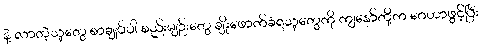
နဲ့ လာတဲ့သူတွေ စာချုပ်ပါ စည်းမျဉ်းတွေ ချိုးဖောက်ခံရသူတွေကို ကျနော်တို့က ဂေဟာဖွင့်ပြီး